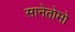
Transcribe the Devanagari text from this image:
सानेतोमो